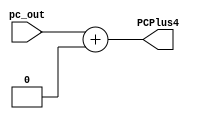
// Adder for result PCPlus4

module Adder_for_PCPlus4(
input pc_out,
output PCPlus4
    );
    assign PCPlus4 = pc_out + 4; // Increment for next instruction in program counter by four
endmodule